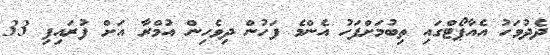
ދެދުވަހު އެއާޕޯޓްގައި ތިބުމަށްފަހު އެންމެ ފަހުން ދިވެހިން އުމްރާ އަށް ފުރައިފި 33